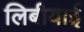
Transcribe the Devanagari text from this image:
लिबीयाई